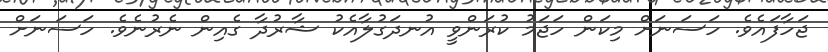
ޖަހާފައެވެ. ހަސަނަށް މިކަން ހަޖަމު ކުރަންވީ އުނދަގުލާއެކު ޝާރުދާ ގެއިން ނެރުނެވެ. ހަސަނަށް